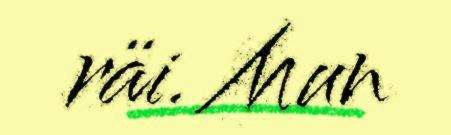
räi. Mun